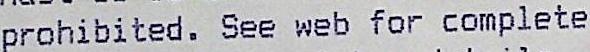
PROHIBITED. SEE WEB FOR COMPLETE